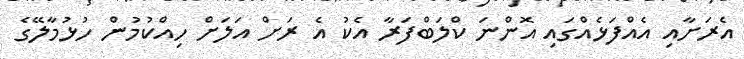
އެރަށާއި އެއްފަޅެއްގައި އޮންނަ ކްލަބްފަރާ އެކު އެ ރަށް އަލަށް ހިއްކުމުން ހުޅުމާލޭގެ